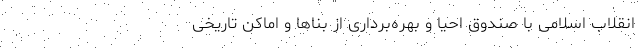
انقلاب اسلامی با صندوق احیا و بهره‌برداری از بناها و اماکن تاریخی